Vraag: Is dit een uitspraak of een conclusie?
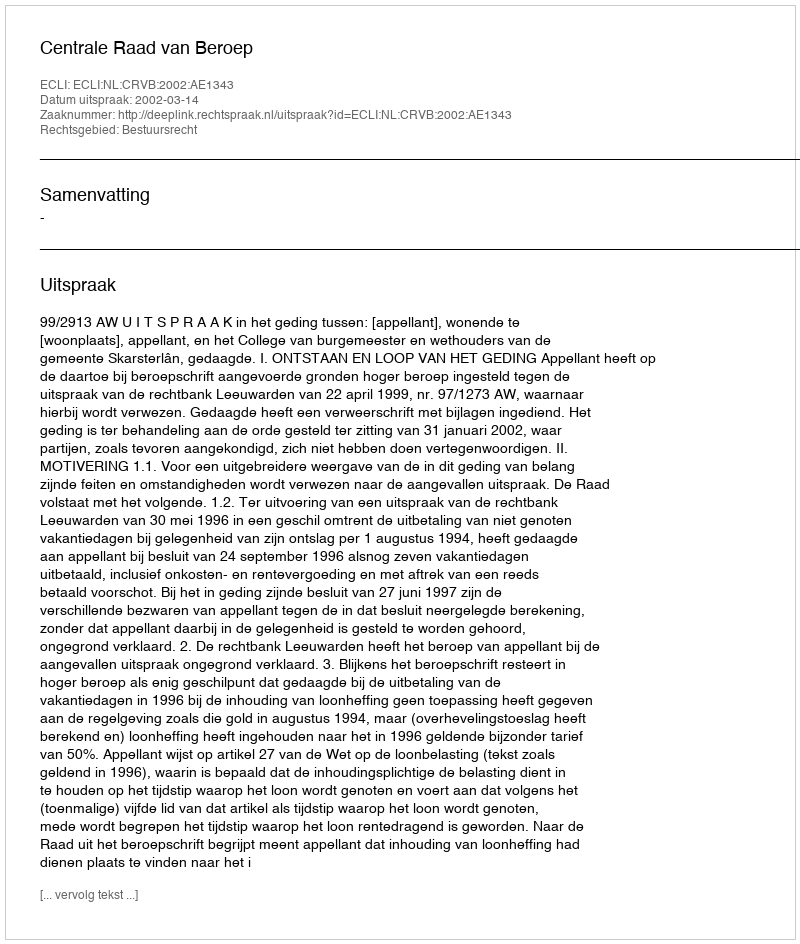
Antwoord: Uitspraak